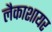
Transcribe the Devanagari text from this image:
लैकाशायर